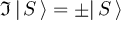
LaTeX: { \mathfrak { I } } \, | \, S \, \rangle = \pm | \, S \, \rangle